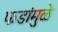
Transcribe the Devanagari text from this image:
फडांमुळे